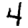
Digit: 4